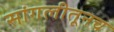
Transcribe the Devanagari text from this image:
सांगलीतूनच